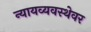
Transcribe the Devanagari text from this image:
न्यायव्यवस्थेवर